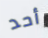
أحد